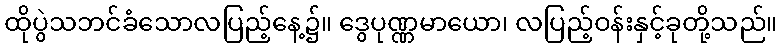
ထိုပွဲသဘင်ခံသောလပြည့်နေ့၌။ ဒွေပုဏ္ဏမာယော၊ လပြည့်ဝန်းနှင့်ခုတို့သည်။